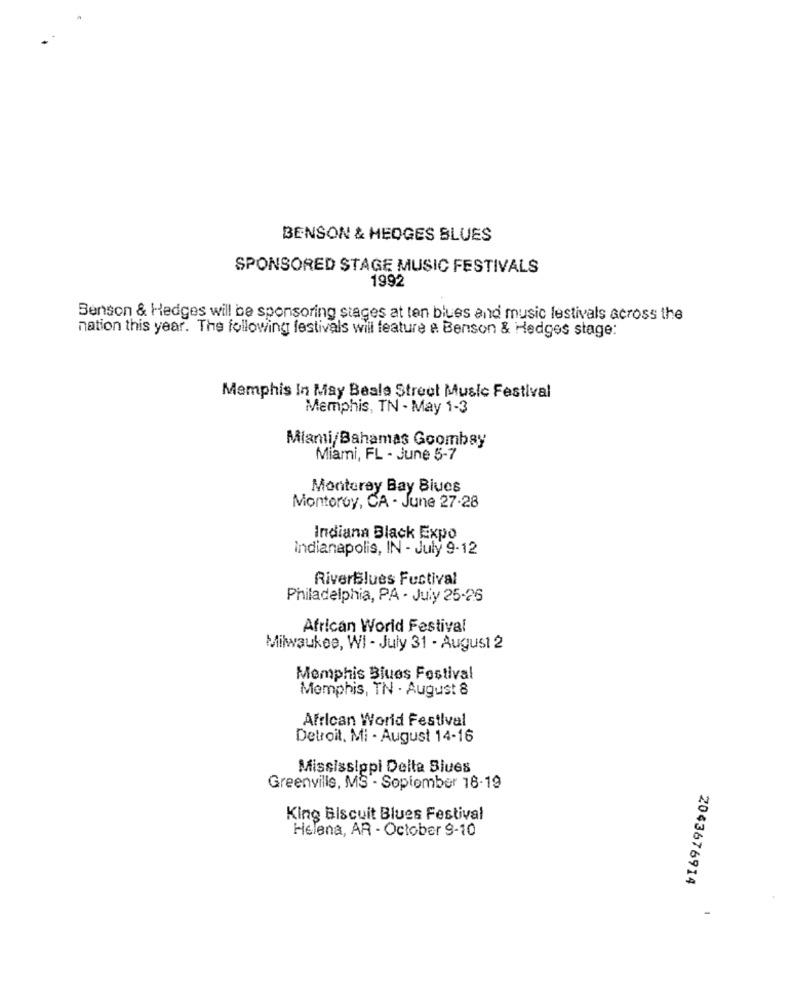
BENSON & HEDGES BLUES
SPONSORED STAGE MUSIC FESTIVALS
1992
Benson & Hedges will be sponsoring stages at ten blues and music lestivals across the
nation this year. The following festivals will feature e Benson & Hedges stage:
Memphis In May Beale Street Music Festival
Memphis, TN - May 1-3
Miami/Bahamas Goombay
Miami, FL - June 5-7
Monterey Bay Biues
Montoroy, CA - June 27-28
Indiana Black Expo
Indianapolis, IN - July 9-12
RiverBlues Festival
Philadelphia, PA - July 25-26
African World Festival
Milwaukee, WI - July 31 - August 2
Memphis Blues Festival
Memphis, TN . August 8
African World Festival
Detroit, Mi - August 14-16
Mississippi Delta Blues
Greenville, MS - Soplomber 18-19
King Biscuit Blues Festival
Helena, AR - October 9-10
2043676914